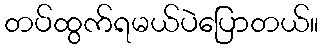
တပ်ထွက်ရမယ်ပဲပြောတယ်။